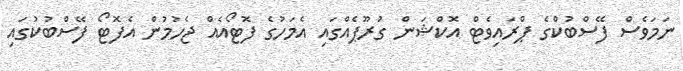
ނަމަވެސް ފޭސްބުކްގެ ޕްރައިވެޓް އޮކްޝަން ގުރޫޕެއްގައި އެމަހުގެ ފޮޓޯއެއް ޖެހުމުން އެފޮޓޯ ފޭސްބުކުގައި